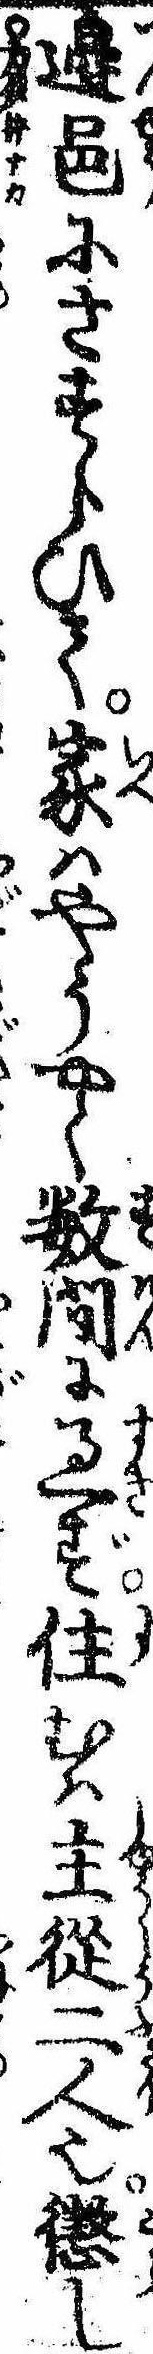
辺邑にさすらひて家はやうやく数間に過ず住むは主従二人也懲し